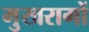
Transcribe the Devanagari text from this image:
मुखरागों